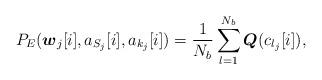
LaTeX: \begin{align*} P_E({\boldsymbol w}_j[i],a_{S_j}[i],a_{k_j}[i])=\frac{1}{N_b}\sum^{N_b}_{l=1}{\boldsymbol Q}(c_{l_j}[i]),\end{align*}